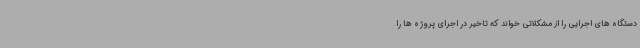
دستگاه های اجرایی را از مشکلاتی خواند که تاخیر در اجرای پروژه ها را